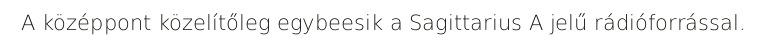
A középpont közelítőleg egybeesik a Sagittarius A jelű rádióforrással.